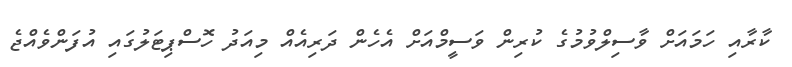
ކާރާއި ހަމައަށް ވާސިލްވުމުގެ ކުރިން ވަސީމްއަށް އެހެން ދަރިއެއް މިއަދު ހޮސްޕިޓަލުގައި އުފަންވެއްޖެ